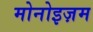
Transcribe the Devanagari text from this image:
मोनोइज़म